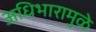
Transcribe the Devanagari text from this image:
अधिभारामुळे